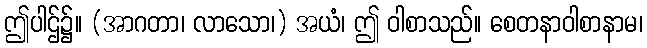
ဤပါဌ်၌။ (အာဂတာ၊ လာသော၊) အယံ၊ ဤ ဝါစာသည်။ စေတနာဝါစာနာမ၊